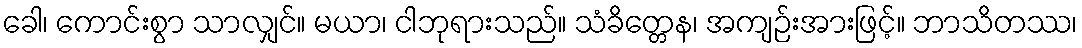
ခေါ၊ ကောင်းစွာ သာလျှင်။ မယာ၊ ငါဘုရားသည်။ သံခိတ္တေန၊ အကျဉ်းအားဖြင့်။ ဘာသိတဿ၊